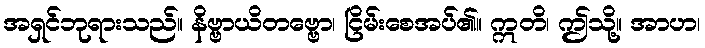
အရှင်ဘုရားသည်။ နိဗ္ဗာယိတဗ္ဗော၊ ငြိမ်းစေအပ်၏။ ဣတိ၊ ဤသို့။ အာဟ၊